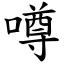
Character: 噂